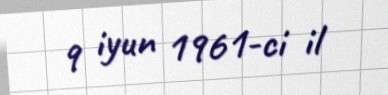
9 iyun 1961-ci il